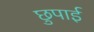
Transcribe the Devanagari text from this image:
छुपाई